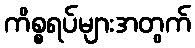
ကိစ္စရပ်များအတွက်